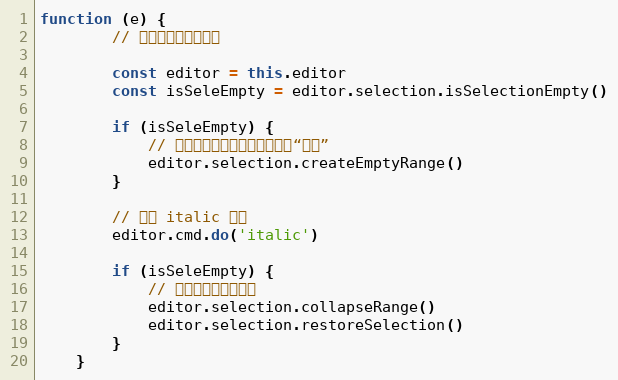
Language: JavaScript
function (e) {
        // 点击菜单将触发这里

        const editor = this.editor
        const isSeleEmpty = editor.selection.isSelectionEmpty()

        if (isSeleEmpty) {
            // 选区是空的，插入并选中一个“空白”
            editor.selection.createEmptyRange()
        }

        // 执行 italic 命令
        editor.cmd.do('italic')

        if (isSeleEmpty) {
            // 需要将选取折叠起来
            editor.selection.collapseRange()
            editor.selection.restoreSelection()
        }
    }